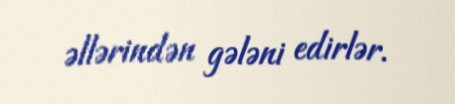
əllərindən gələni edirlər.